Vaccination United Provinces of Agra and Oudh 1902-1913 - 1902-1913
Year: 1902
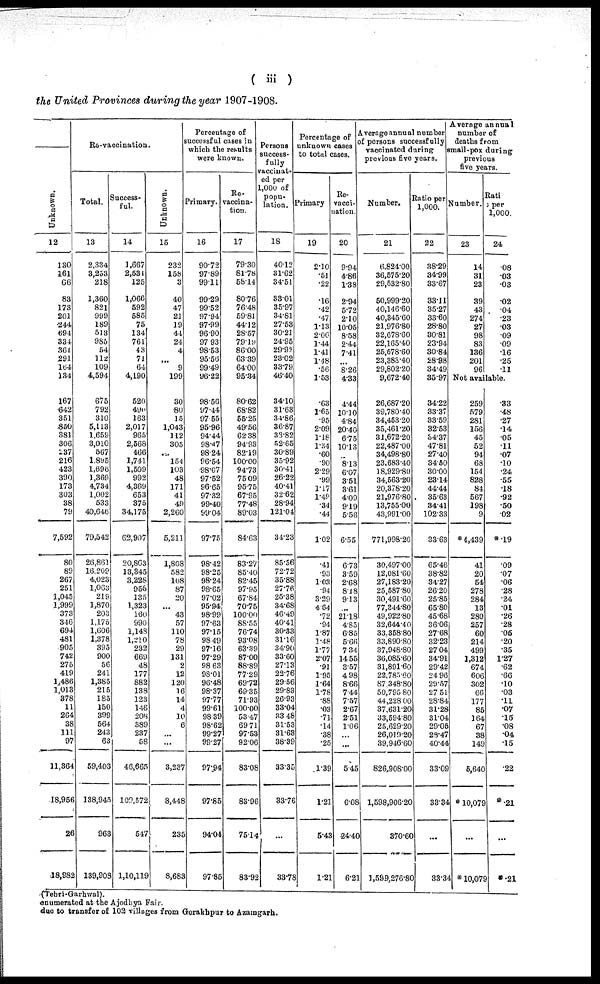
( iii)
the United Provinces during the year 1907-1908.
Unknown.
12
130
161
66
83
173
201
244
694
334
361
291
164
134
167
642
351
850
381
306
237
216
423
390
173
303
38
79
7,592
80
89
267
251
1,045
1,999
373
346
694
481
905
742
275
419
1,486
1,013
378
11
264
38
111
97
11,364
18,956
26
18,982
Re-vaccination.
Total.
13
2,334
3,253
218
1,360
821
999
189
518
985
54
112
109
4,594
675
792
310
5,113
1,659
3,010
567
1,895
1,696
1,369
4,734
1,002
533
40,646
79,542
26,861
16,209
4,023
1,063
219
1,870
203
1,175
1,606
1,378
395
900
56
241
1,385
215
185
150
399
564
243
63
59,403
138,945
963
139,908
Success¬
ful.
14
1,667
2,531
125
1,066
592
585
75
134
761
43
71
64
4,190
520
490
163
2,017
965
2,568
466
1,741
1,509
992
4,369
653
375
34,175
62,907
20,863
13,345
3,228
956
135
1,323
160
990
1,148
1,210
232
669
48
177
882
138
123
146
208
389
237
58
46,665
109,572
547
1,10,119
Unknown.
15
232
158
3
40
47
21
19
44
24
4
...
9
199
30
80
15
1,043
112
305
...
154
103
48
171
41
49
2,260
5,211
1,808
582
108
87
20
...
43
57
110
78
29
131
2
12
120
16
14
4
10
6
...
...
3,237
8,448
235
8,683
Percentage of
successful cases in
which the results
were known.
Primary.
16
90.72
97.89
99.11
99.29
99.52
97.94
97.99
96.90
97.93
98.53
95.56
99.49
96.22
98.56
97.44
97.55
95.96
94.44
98.47
98.24
96.54
98.07
97.52
96.65
97.32
99.40
99.04
97.75
98.42
98.25
98.24
98.65
97.02
95.94
98.99
97.63
97.15
98.49
97.16
97.29
98.63
98.01
96.48
98.37
97.77
99.61
98.39
98.62
99.27
99.27
97.94
97.85
94.04
97.85
Re¬
vaccina¬
tion.
17
79.30
81.78
58.14
80.76
76.48
59.81
44.12
28.57
79.19
86.00
63.39
64.00
95.34
80.62
68.82
55.25
49.56
62.38
94.93
82.19
100.00
94.73
75.09
95.75
67.95
77.48
89.03
84.63
83.25.
85.40
82.45
97.95
67.84
70.75
100.00
88.55
76.74
93.08
63.39
87.00
88.89
77.29
69.72
69.35
71.93
100.00
58.47
69.71
97.53
92.06
83.08
83.96
75.14
83.92
Persons
success¬
fully
vaccinat¬
ed per
1,000 of
popu¬
lation.
18
40.12
31.62
34.51
33.01
35.97
34.81
27.53
30.21
24.95
29.92
23.02
33.79
46.40
34.10
31.63
34.86
36.87
33.82
52.65
30.89
35.92
30.41
26.22
40.41
32.62
28.94
121.04
34.23
85.56
72.72
35.88
27.76
25.38
34.68
46.49
40.41
30.33
31.16
34.90
33.60
27.13
22.76
29.56
29.83
26.93
33.04
33.48
31.53
31.63
38.39
33.35
33.76
...
33.78
Percentage of
unknown cases
to total cases.
Primary
19
2.10
.51
.22
.16
.42
.47
1.13
2.06
1.44
1.41
1.48
.56
1.53
.63
1.65
.95
2.09
1.18
1.34
.60
.90
2.29
.99
1.17
1.49
.34
.44
1.02
.41
.93
1.03
.94
3.29
4.64
.72
.94
1.87
1.48
1.77
2.07
.91
1.95
1.64
1.78
.88
.03
.71
.14
.38
.25
1.39
1.21
5.43
1.21
Re¬
vacci¬
nation.
20
9.94
4.86
1.38
2.94
5.72
2.10
10.05
8.58
2.44
7.41
...
8.26
4.33
4.44
10.10
4.84
20.40
6.75
10.13
...
8.13
6.07
3.51
3.61
4.09
9.19
5.56
6.55
6.73
3.59
2.68
8.18
9.13
...
21.18
4.85
6.85
5.66
7.34
14.55
3.57
4 98
8.66
7.44
7.57
267
2.51
1.06
...
...
5.45
6.08
24.40
6.21
Average annual number
of persons successfully
vaccinated during
previous five years.
Number.
21
6,824.00
36,575.20
29,532.80
50,999.20
40,146.60
40,345.60
21,976.80
32,678.60
22,165.40
25,578.60
23,383.40
29,802.20
9,672.40
26,687.20
39,780.40
34,453.20
35,461.20
31,672.20
22,487.00
34,498.80
23,683.40
18,929.80
34,563.20
20,378.20
21,976.80
13,755.00
43,991.00
771,998.20
30,497.00
12,081.60
27,183.20
25,587.80
30,491.60
77,344.80
49,922.80
32,644.40
33,358.80
33,890.80
37,948.80
36,085.60
31,891.60
22,785.60
87,348.80
50,795.80
44,228.00
37,631.20
33,594.80
25,629.20
26,019.20
39,946.60
826,908.00
1,598,906.20
370.60
1,599,276.80
Ratio per
1,000.
22
38.29
34.99
33.67
33.11
35.27
33.60
28.80
30.81
23.94
30.84
28.98
34.49
35.97
34.22
33.37
33.59
32.53
34.37
47.81
27.40
34.50
30.00
23.14
44.44
35.63
34.41
102.33
33.63
65.46
38.82
34.27
26.20
25.85
65.80
45.68
36.06
27.68
32.23
27.04
34.91
29.42
24.96
29.57
27.51
28.84
31.28
31.04
29.05
28.47
40.44
33.09
33.34
...
33.34
Average annual
number of
deaths from
small-pox during
previous
five years.
Number.
23
14
31
23
39
43
274
27
98
83
136
201
96
Rati
per
1,000.
24
.08
.03
.03
.02
.04
.23
03
.09
.09
.16
.25
.11
Not available.
259
579
281
156
45
52
94
68
154
828
84
567
198
9
* 4,439
41
20
54
278
284
13
280
257
60
214
499
1,312
674
606
302
66
177
85
164
67
38
149
5,640
* 10,079
...
* 10,079
.33
.48
.27
.14
.05
.11
.07
.10
.24
.55
18
.92
.50
.02
*.19
.09
.07
.06
.28
.24
.01
.26
.28
.06
.20
.35
1.27
.62
.66
.10
.03
.11
.07
.16
.08
.04
15
.22
*.21
...
*.21
(Tehri-Garhwal).
enumerated at the Ajodhya Fair.
due to transfer of 102 villages from Gorakhpur to Azamgarh.